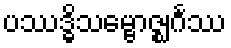
ပဿဒ္ဓိသမ္ဗောဇ္ဈင်္ဂဿ